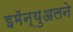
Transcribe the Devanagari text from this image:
इमॅन्युअलने